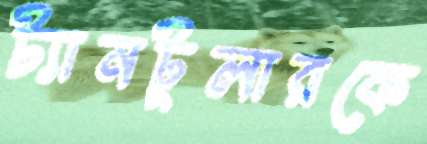
ট্যানটুলারকে